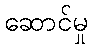
ဆောင်မှု